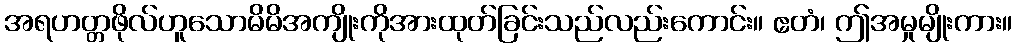
အရဟတ္တဖိုလ်ဟူသောမိမိအကျိုးကိုအားထုတ်ခြင်းသည်လည်းကောင်း။ ဧတံ၊ ဤအမှုမျိုးကား။